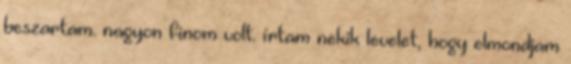
beszartam. nagyon finom volt. írtam nekik levelet, hogy elmondjam